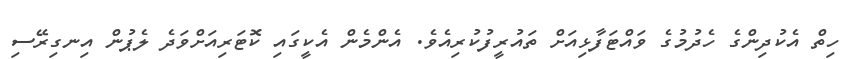
ހިތް އެކުދިންގެ ހެދުމުގެ ވައްޓަފާޅިއަށް ތައުރީފުކުރިއެވެ. އެންމެން އެކީގައި ކޮޓަރިއަށްވަދެ ލެޕުން އިނގިރޭސި